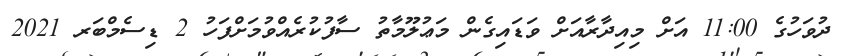
ދުވަހުގެ 11:00 އަށް މިއިދާރާއަށް ވަޑައިގެން މަޢުލޫމާތު ސާފުކުރެއްވުމަށްފަހު 2 ޑިސެމްބަރ 2021